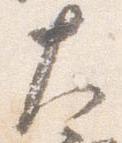
大